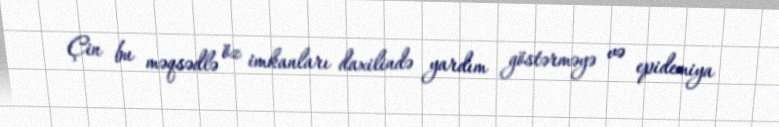
Çin bu məqsədlə öz imkanları daxilində yardım göstərməyə və epidemiya